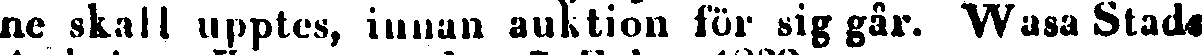
ne skall upptes, innan auktion för sig går. Wasa Stads